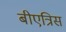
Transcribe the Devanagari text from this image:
बीएत्रिस